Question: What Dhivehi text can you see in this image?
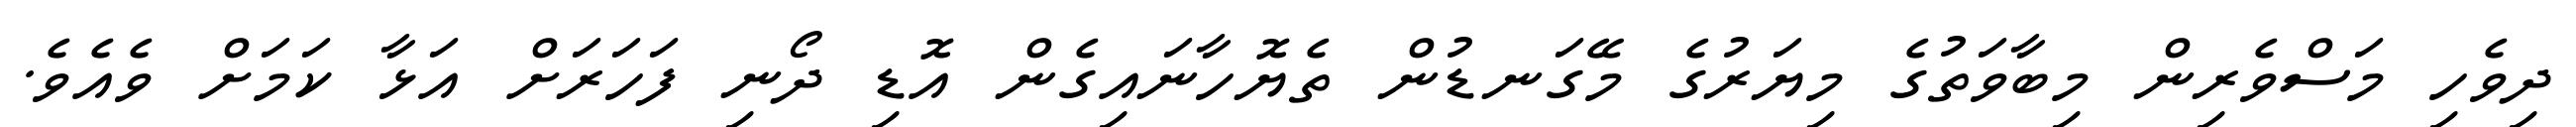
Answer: ދިވެހި މަސްވެރިން މިބާވަތުގެ މިޔަރުގެ މޭގަނޑުން ތެޔޮހާނައިގެން އޮޑި ދޯނި ފަހަރަށް އަޅާ ކަމަށް ވެއެވެ.